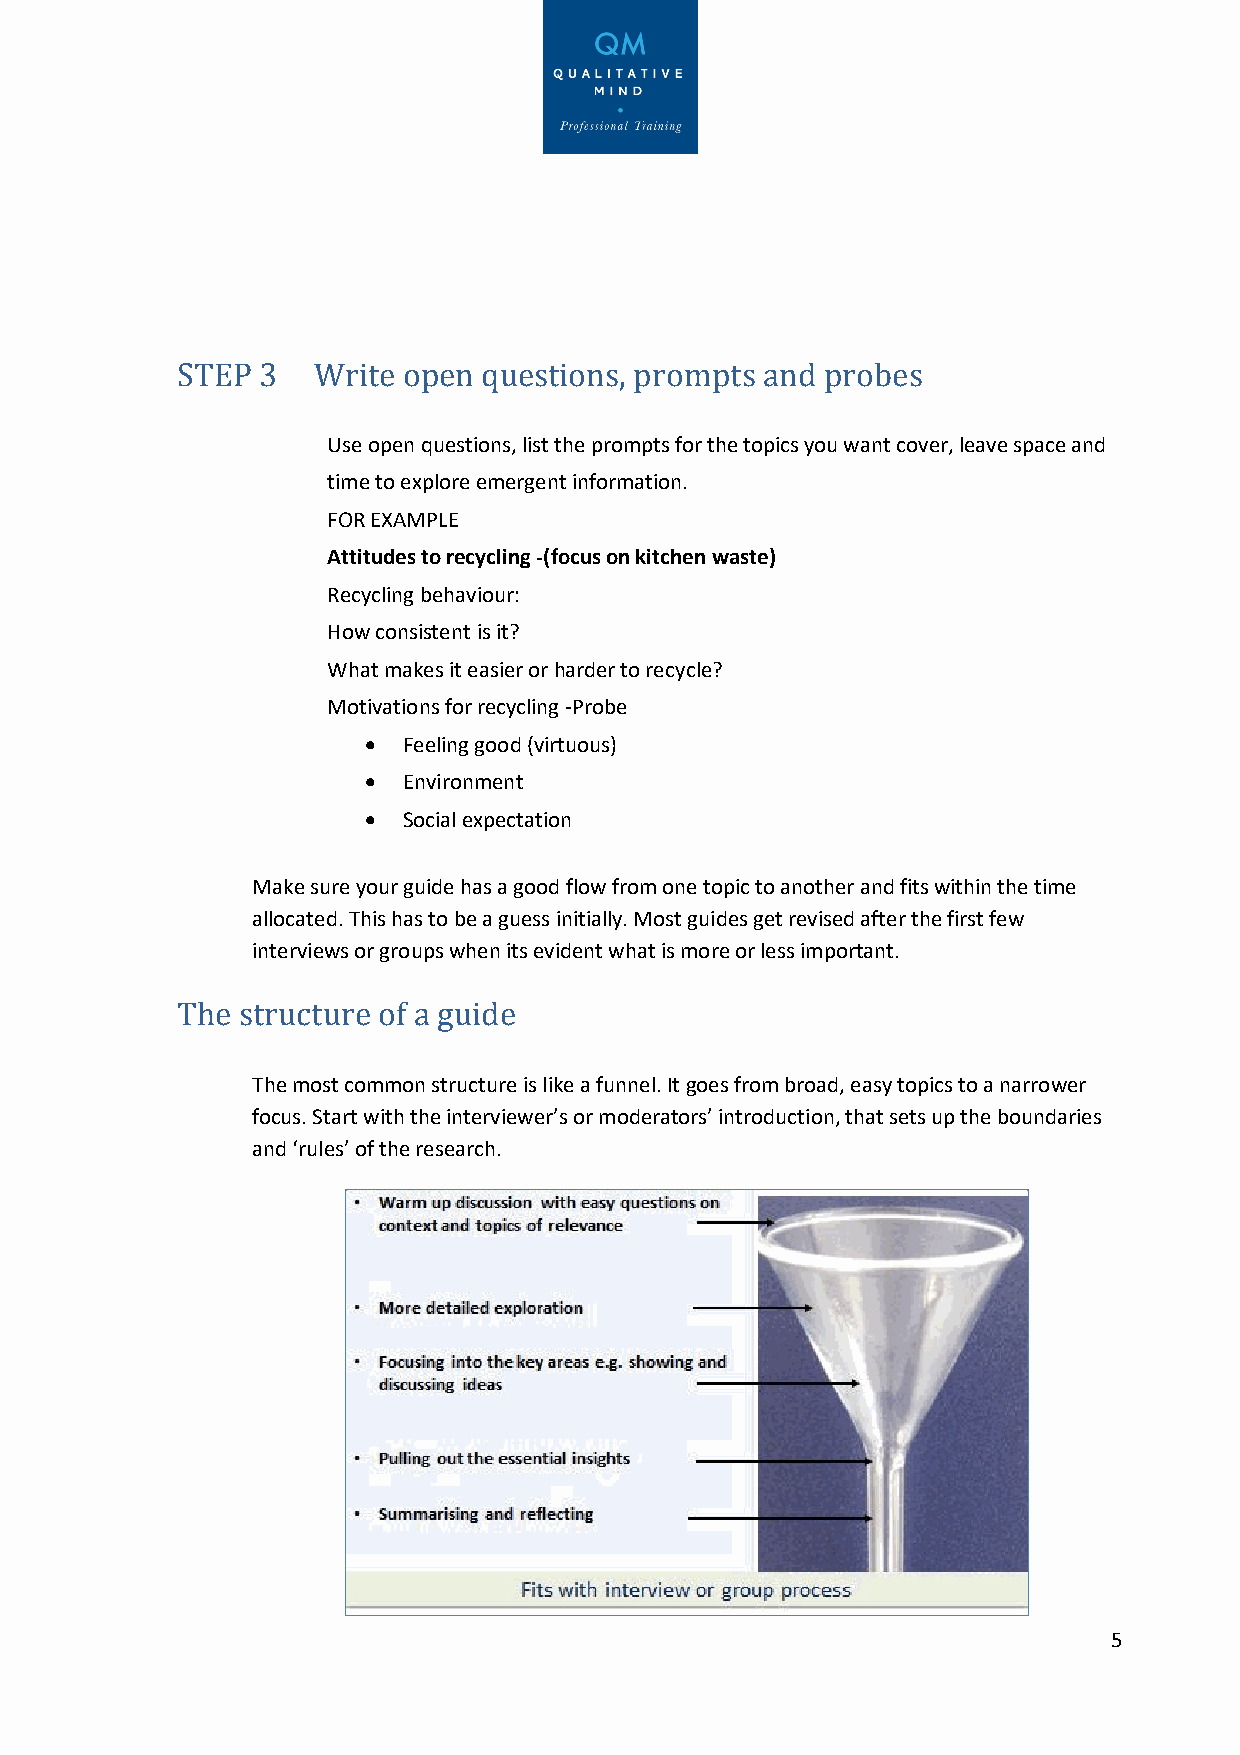
STEP 3   Write open questions, prompts and probes
 Use open questions, list the prompts for the topics you want cover, leave space and
 time to explore emergent information.
 FOR EXAMPLE
 Attitudes to recycling -(focus on kitchen waste)
 Recycling behaviour:
 How consistent is it?
 What makes it easier or harder to recycle?
 Motivations for recycling -Probe
 •  Feeling good (virtuous)
 •  Environment
 •  Social expectation
 Make sure your guide has a good flow from one topic to another and fits within the time
 allocated. This has to be a guess initially. Most guides get revised after the first few
 interviews or groups when its evident what is more or less important.
 The structure of a guide
 The most common structure is like a funnel. It goes from broad, easy topics to a narrower
 focus. Start with the interviewer’s or moderators’ introduction, that sets up the boundaries
 and ‘rules’ of the research.
 5